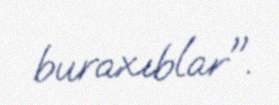
buraxıblar".